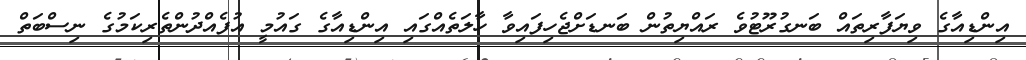
އިންޑިއާގެ ވިޔަފާރިތައް ބަނގުރޫޓުވެ ރައްޔިތުން ބަނޑަށްޖެހިފައިވާ ހާލަތެއްގައި އިންޑިއާގެ ގައުމީ އުފެއްދުންތެރިކަމުގެ ނިސްބަތް